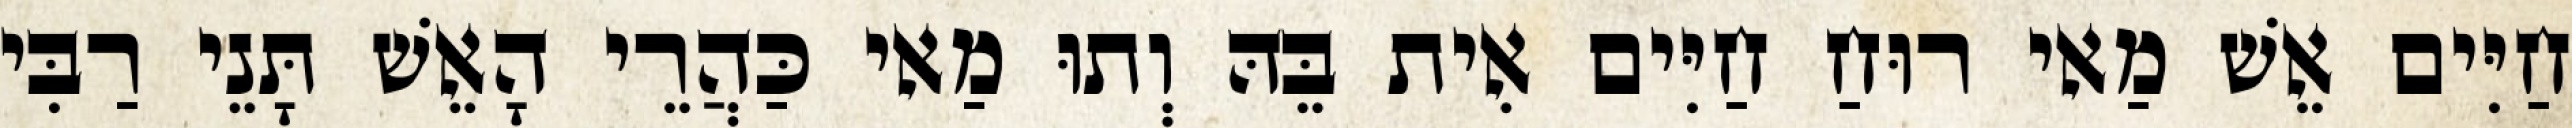
חַיִּים אֵשׁ מַאי רוּחַ חַיִּים אִית בֵּהּ וְתוּ מַאי כַּהֲרֵי הָאֵשׁ תָּנֵי רַבִּי